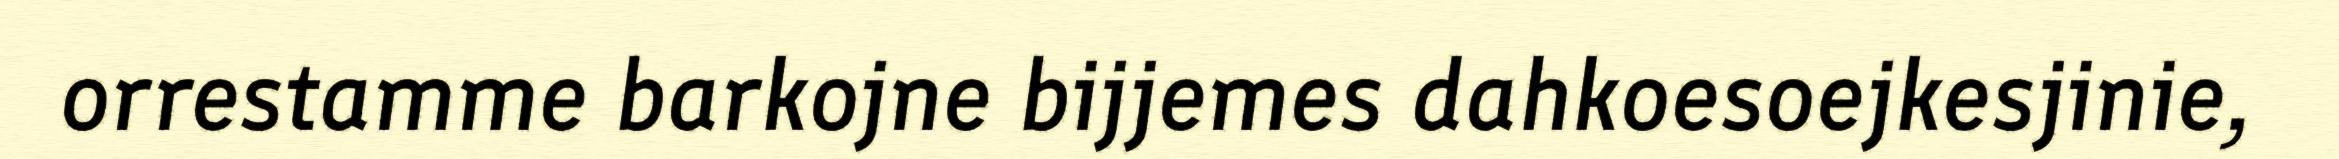
orrestamme barkojne bijjemes dahkoesoejkesjinie,